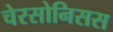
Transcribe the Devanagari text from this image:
चेरसोनिसस